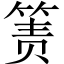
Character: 箦